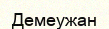
Демеужан